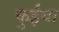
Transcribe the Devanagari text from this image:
कुईंया